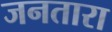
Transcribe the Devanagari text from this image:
जनतारा